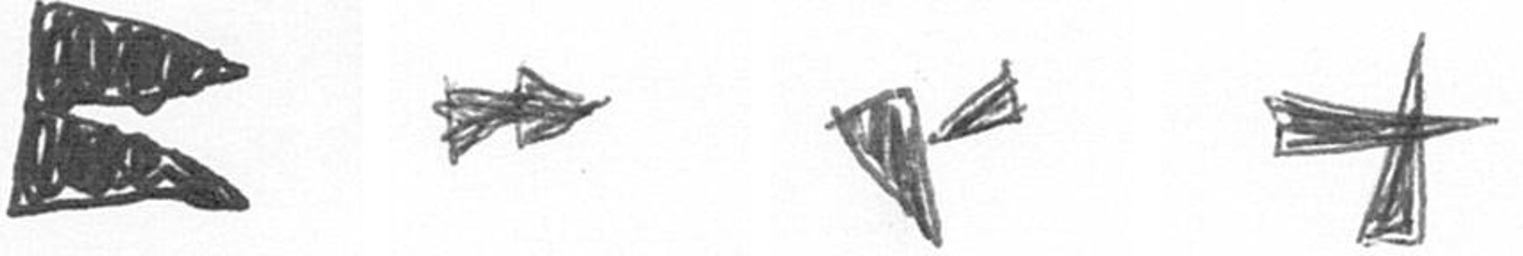
P A F G